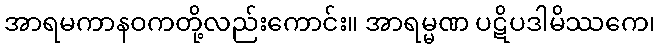
အာရမကာနဝကတို့လည်းကောင်း။ အာရမ္မဏ ပဋိပဒါမိဿကေ၊